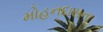
મોહનદાસના